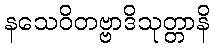
နသေဝိတဗ္ဗာဒိသုတ္တာနိ